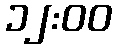
၁၂:၀၀